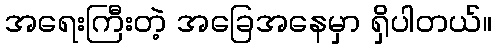
အရေးကြီးတဲ့ အခြေအနေမှာ ရှိပါတယ်။